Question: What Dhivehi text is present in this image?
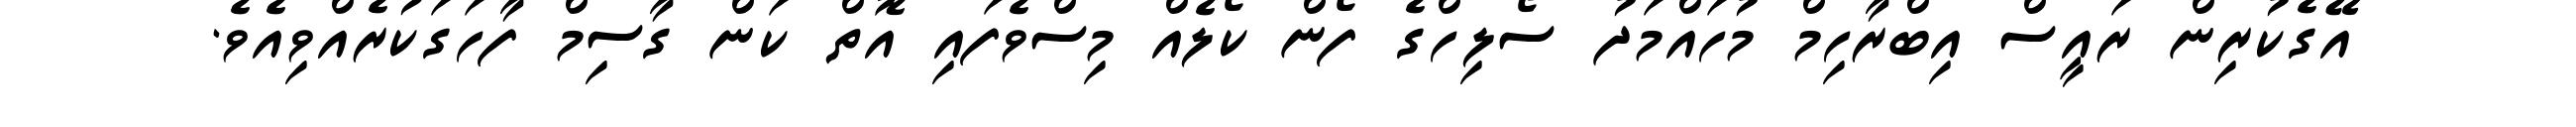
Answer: އޭގެކުރިން ރައީސް އިބްރާހިމް މުހައްމަދު ސޯލިހްގެ ފޯން ކޯލެއް މިސްވެފައި އޮތް ކަން ގާސިމް ފާހަގަކުރެއްވިއެވެ.